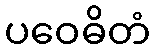
ပဝေဓိတံ